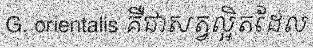
G. orientalis គឺជាសត្វល្អិតដែល